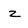
Character: z